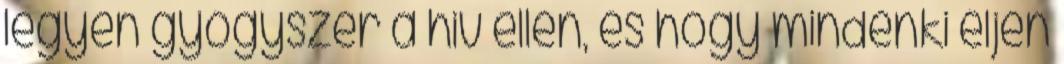
legyen gyógyszer a hiv ellen, és hogy mindenki éljen